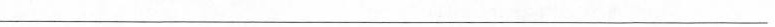
___